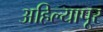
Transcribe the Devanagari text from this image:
अहिल्यापूर